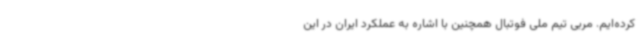
کرده‌ایم. مربی تیم ملی فوتبال همچنین با اشاره به عملکرد ایران در این